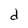
Character: d